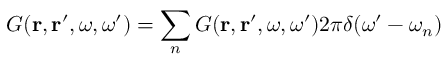
G ( { \bf r } , { \bf r } ^ { \prime } , \omega , \omega ^ { \prime } ) = \sum _ { n } G ( { \bf r } , { \bf r } ^ { \prime } , \omega , \omega ^ { \prime } ) 2 \pi \delta ( \omega ^ { \prime } - \omega _ { n } )